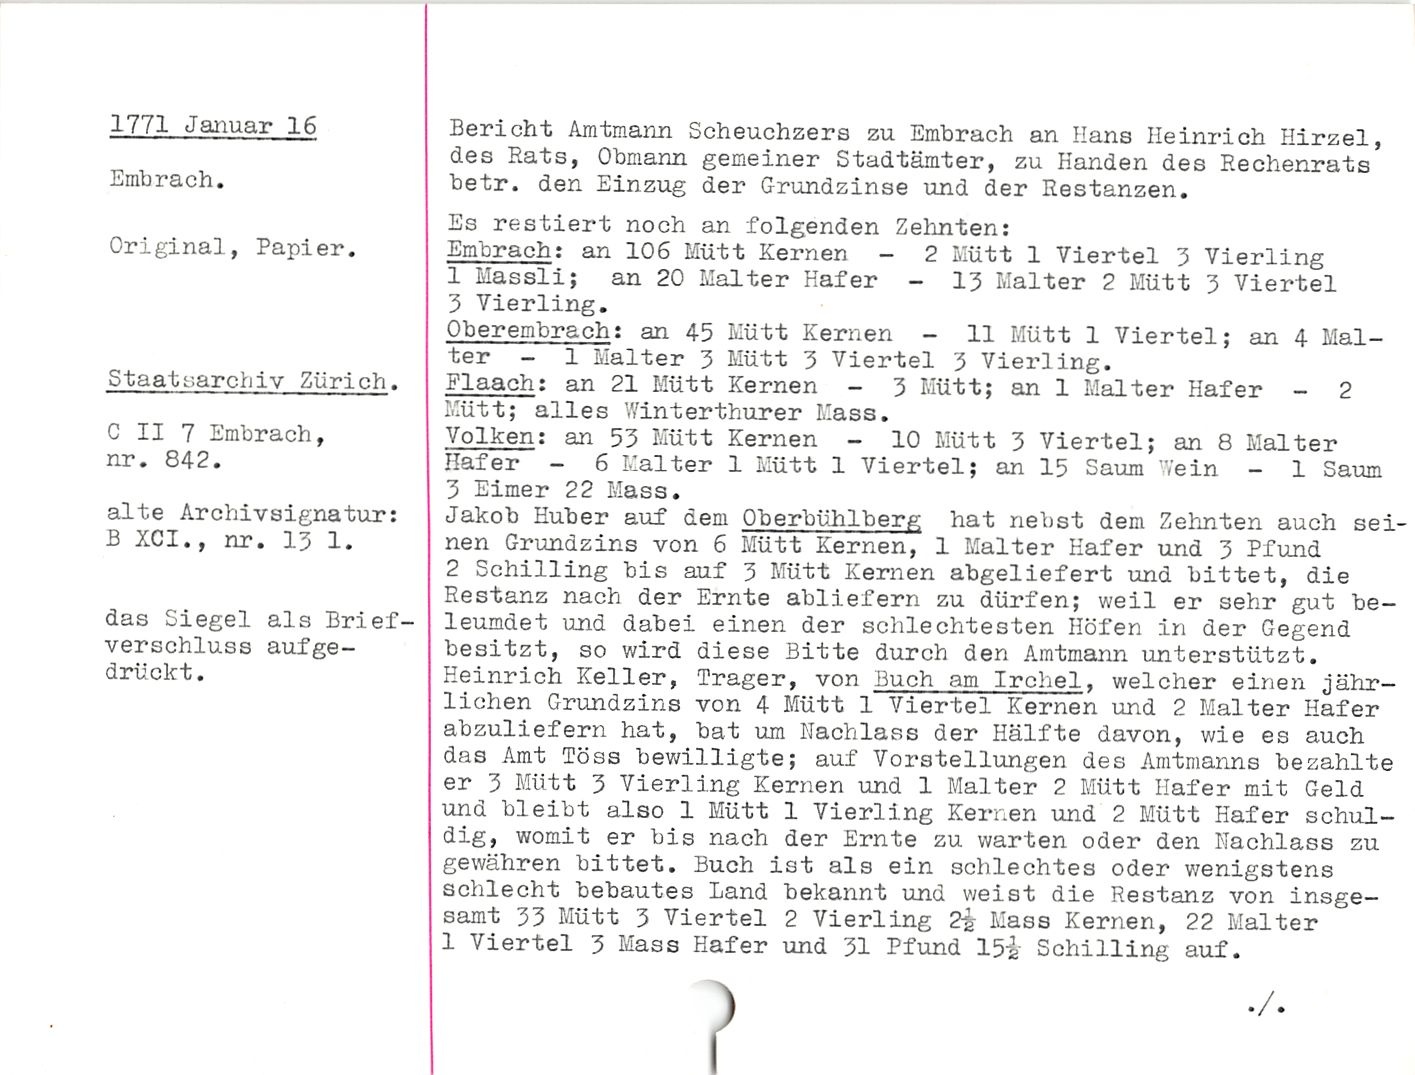
1771 Januar 16

Embrach.

Original, Papier.

Staatsarchiv Zürich.

C II 7 Embrach,
nr. 842.

alte Archivsignatur:
B XCI., nr. 13 1.

das Siegel als Brief¬
verschluss aufge¬
drückt.

Bericht Amtmann Scheuchzers zu Embrach an Hans Heinrich Hirzel,
des Rats, Obmann gemeiner Stadtämter, zu Händen des Rechenrats
betr. den Einzug der Grundzinse und der Restanzen.

Es restiert noch an folgenden Zehnten:

Embrach: an 106 Mütt Kernen - 2 Mütt 1 Viertel 3 Vierling

1 Massli; an 20 Malter Hafer - 13 Malter 2 Mütt 3 Viertel

3 Vierling.

Oberembrach: an 45 Mütt Kernen - 11 Mütt 1 Viertel; an 4 Mal¬
ter - 1 Malter 3 Mütt 3 Viertel 3 Vierling.

Flaach: an 21 Mütt Kernen - 3 Mütt; an 1 Malter Hafer - 2

Mütt; alles Winterthurer Mass.

Velken: an 53 Mütt Kernen - 10 Mütt 3 Viertel; an 8 Malter

Hafer - 6 Malter 1 Mütt 1 Viertel; an 15 Saum ’Vein - 1 Saum

3 Eimer 22 Mass.

Jakob Huber auf dem Oberbühlberg hat nebst dem Zehnten auch sei¬
nen Grundzins von 6 Mütt Kernen, 1 Malter Hafer und 3 Pfund

2 Schilling bis auf 3 Mütt Kernen abgeliefert und bittet, die
Restanz nach der Ernte abliefern zu dürfen; weil er sehr gut be¬
leumdet und dabei einen der schlechtesten Höfen in der Gegend
besitzt, so wird diese Bitte durch den Amtmann unterstützt.
Heinrich Keller, Träger, von Buch am Irchel, welcher einen jähr¬
lichen Grundzins von 4 Mütt 1 Viertel Kernen und 2 Malter Hafer
abzuliefern hat, bat um Nachlass der Hälfte davon, wie es auch
das Amt Töss bewilligte; auf Vorstellungen des Amtmanns bezahlte
er 3 Mütt 3 Vierling Kernen und 1 Malter 2 Mütt Hafer mit Geld
und bleibt also 1 Mütt 1 Vierling Kernen und 2 Mütt Hafer schul¬
dig, womit er bis nach der Ernte zu warten oder den Nachlass zu
gewähren bittet. Buch ist als ein schlechtes oder wenigstens
schlecht bebautes Land bekannt und weist die Restanz von insge¬
samt 33 Mütt 3 Viertel 2 Vierling 2i Mass Kernen, 22 Malter

1 Viertel 3 Mass Hafer und 31 Pfund 15L Schilling auf.